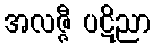
အလဇ္ဇီ ပဋိညာ